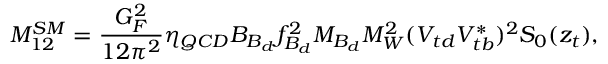
M _ { 1 2 } ^ { S M } = \frac { G _ { F } ^ { 2 } } { 1 2 \pi ^ { 2 } } \eta _ { Q C D } B _ { B _ { d } } f _ { B _ { d } } ^ { 2 } M _ { B _ { d } } M _ { W } ^ { 2 } ( V _ { t d } V _ { t b } ^ { * } ) ^ { 2 } S _ { 0 } ( z _ { t } ) ,